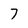
Character: 7